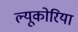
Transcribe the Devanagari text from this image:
ल्यूकोरिया